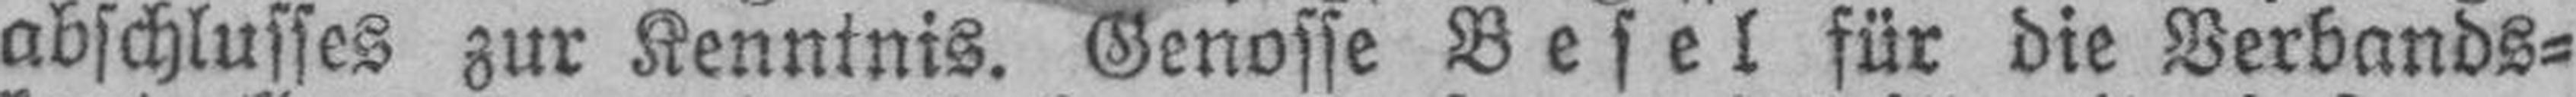
abschlusses zur Kenntnis. Genosse Besel für die Verbands¬